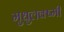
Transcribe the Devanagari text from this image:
मुधुलक्ष्मी